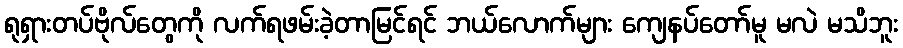
ရုရှားတပ်ဗိုလ်တွေကို လက်ရဖမ်းခဲ့တာမြင်ရင် ဘယ်လောက်များ ကျေနပ်တော်မူ မလဲ မသိဘူး